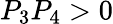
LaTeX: P_{3}P_{4}>0